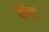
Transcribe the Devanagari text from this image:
जॉगर